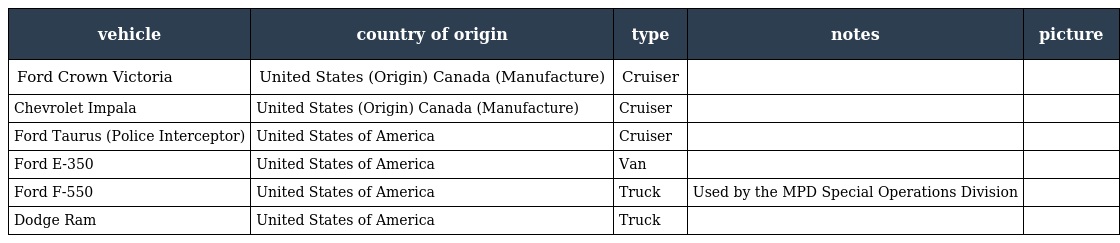
| vehicle | country of origin | type | notes | picture |
 | --- | --- | --- | --- | --- |
 | Ford Crown Victoria | United States (Origin) Canada (Manufacture) | Cruiser |  |  |
 | Chevrolet Impala | United States (Origin) Canada (Manufacture) | Cruiser |  |  |
 | Ford Taurus (Police Interceptor) | United States of America | Cruiser |  |  |
 | Ford E-350 | United States of America | Van |  |  |
 | Ford F-550 | United States of America | Truck | Used by the MPD Special Operations Division |  |
 | Dodge Ram | United States of America | Truck |  |  |